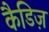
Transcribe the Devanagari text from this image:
कैडिज़